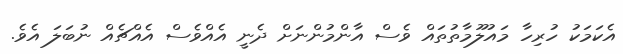
އެކަމަކު ހުރިހާ މައުލޫމާތުތައް ވެސް އާންމުންނަށް ދެނީ އެއްވެސް އެއްޗެއް ނުބަލަ އެވެ.